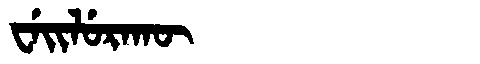
Manchu: ᠸᡝᡳᠯᡠᡵᠠᡴᡡ
Romanization: WEILURAKŪ